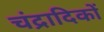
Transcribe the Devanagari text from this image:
चंद्रादिकों